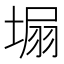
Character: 𡍾